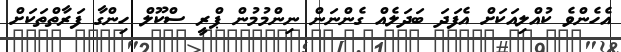
އެހެންވެ ކުއްލިއަކަށް އެފަދަ ބަދަލެއް ގެންނަން ނިންމުމުން ޕްރީ ސްކޫލް ހިންގާ ފަރާތްތަކަށް